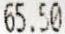
65.50